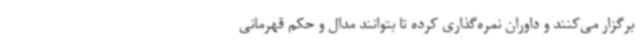
برگزار می‌کنند و داوران نمره‌گذاری کرده تا بتوانند مدال و حکم قهرمانی